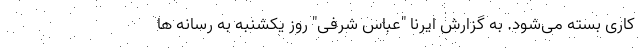
کاری بسته می‌شود. به گزارش ایرنا "عباس شرفی" روز یکشنبه به رسانه ها